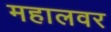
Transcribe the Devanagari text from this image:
महालवर